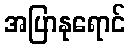
အပြာနုရောင်